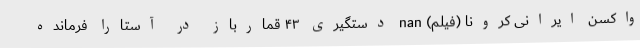
واکسن ایرانی کرونا (فیلم) nan دستگیری ۴۳ قمارباز در آستارا فرمانده